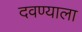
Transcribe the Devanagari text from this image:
दवण्याला